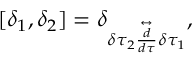
[ \delta _ { 1 } , \delta _ { 2 } ] = \delta _ { \delta \tau _ { 2 } \stackrel { \leftrightarrow } { \frac { d } { d \tau } } \delta \tau _ { 1 } } ,